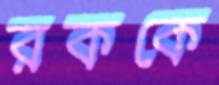
রককে